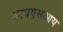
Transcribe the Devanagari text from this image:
आयएसआय